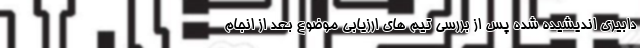
دابیری اندیشیده شده پس از بررسی تیم های ارزیابی موضوع بعد از انجام